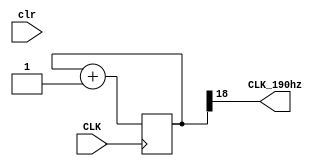
`timescale 1ns / 1ps


module clkdiv_190hz(
    input wire CLK,
    input wire clr,
    output wire CLK_190hz
);

reg [19:0] q = 0;
always@(posedge CLK) begin
        q = q + 1;
end

assign CLK_190hz = q[18];

endmodule // clkdiv